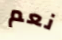
نعم